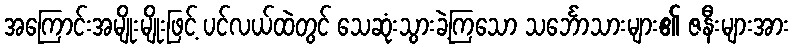
အကြောင်းအမျိုးမျိုးဖြင့် ပင်လယ်ထဲတွင် သေဆုံးသွားခဲ့ကြသော သင်္ဘောသားများ၏ ဇနီးများအား